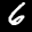
Label: 6